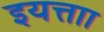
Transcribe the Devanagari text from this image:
इयत्ताा